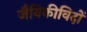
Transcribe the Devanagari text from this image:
जैविकीविदों